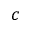
c